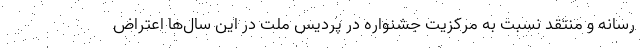
رسانه و منتقد نسبت به مرکزیت جشنواره در پردیس ملت در این سال‌ها اعتراض